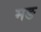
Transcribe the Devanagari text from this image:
मङ